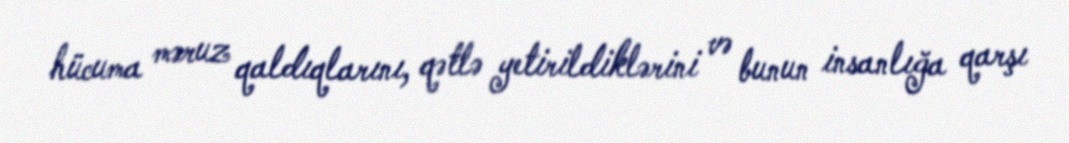
hücuma məruz qaldıqlarını, qətlə yetirildiklərini və bunun insanlığa qarşı